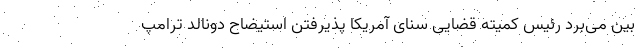
بین می‌برد رئیس کمیته قضایی سنای آمریکا پذیرفتن استیضاح دونالد ترامپ